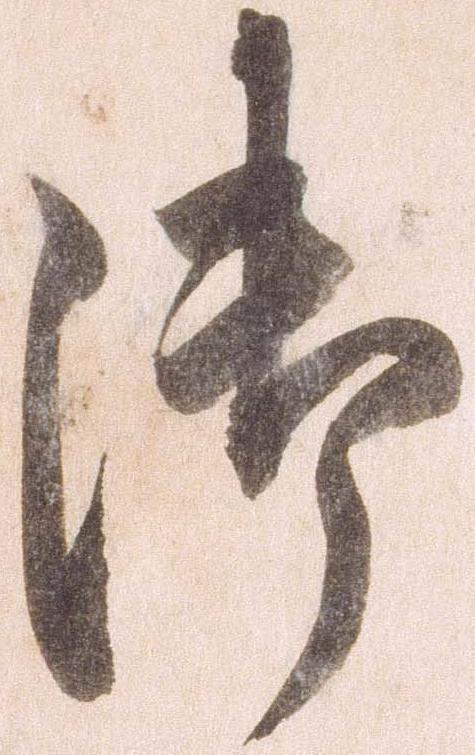
御